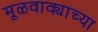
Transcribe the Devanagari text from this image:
मूळवाक्याच्या